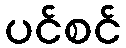
ပင်စင်